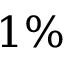
1 \%